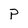
Character: P